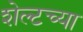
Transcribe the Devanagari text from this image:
शेल्टच्या